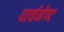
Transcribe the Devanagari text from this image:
पार्चमेण्ट